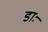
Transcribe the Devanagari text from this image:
डाः